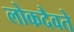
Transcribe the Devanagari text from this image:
लोकदैवते